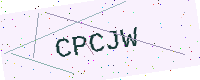
Text: CPCJW